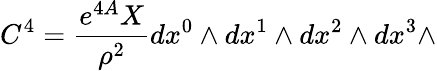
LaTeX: C^{4}={\frac{e^{4A}X}{\rho^{2}}}dx^{0}\wedge dx^{1}\wedge dx^{2}\wedge dx^{3}\wedge